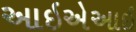
આઇએઆઇ